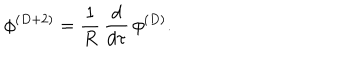
\phi ^ { ( D + 2 ) } = { \frac { 1 } { R } } \, { \frac { d } { d \tau } } \, \phi ^ { ( D ) } .